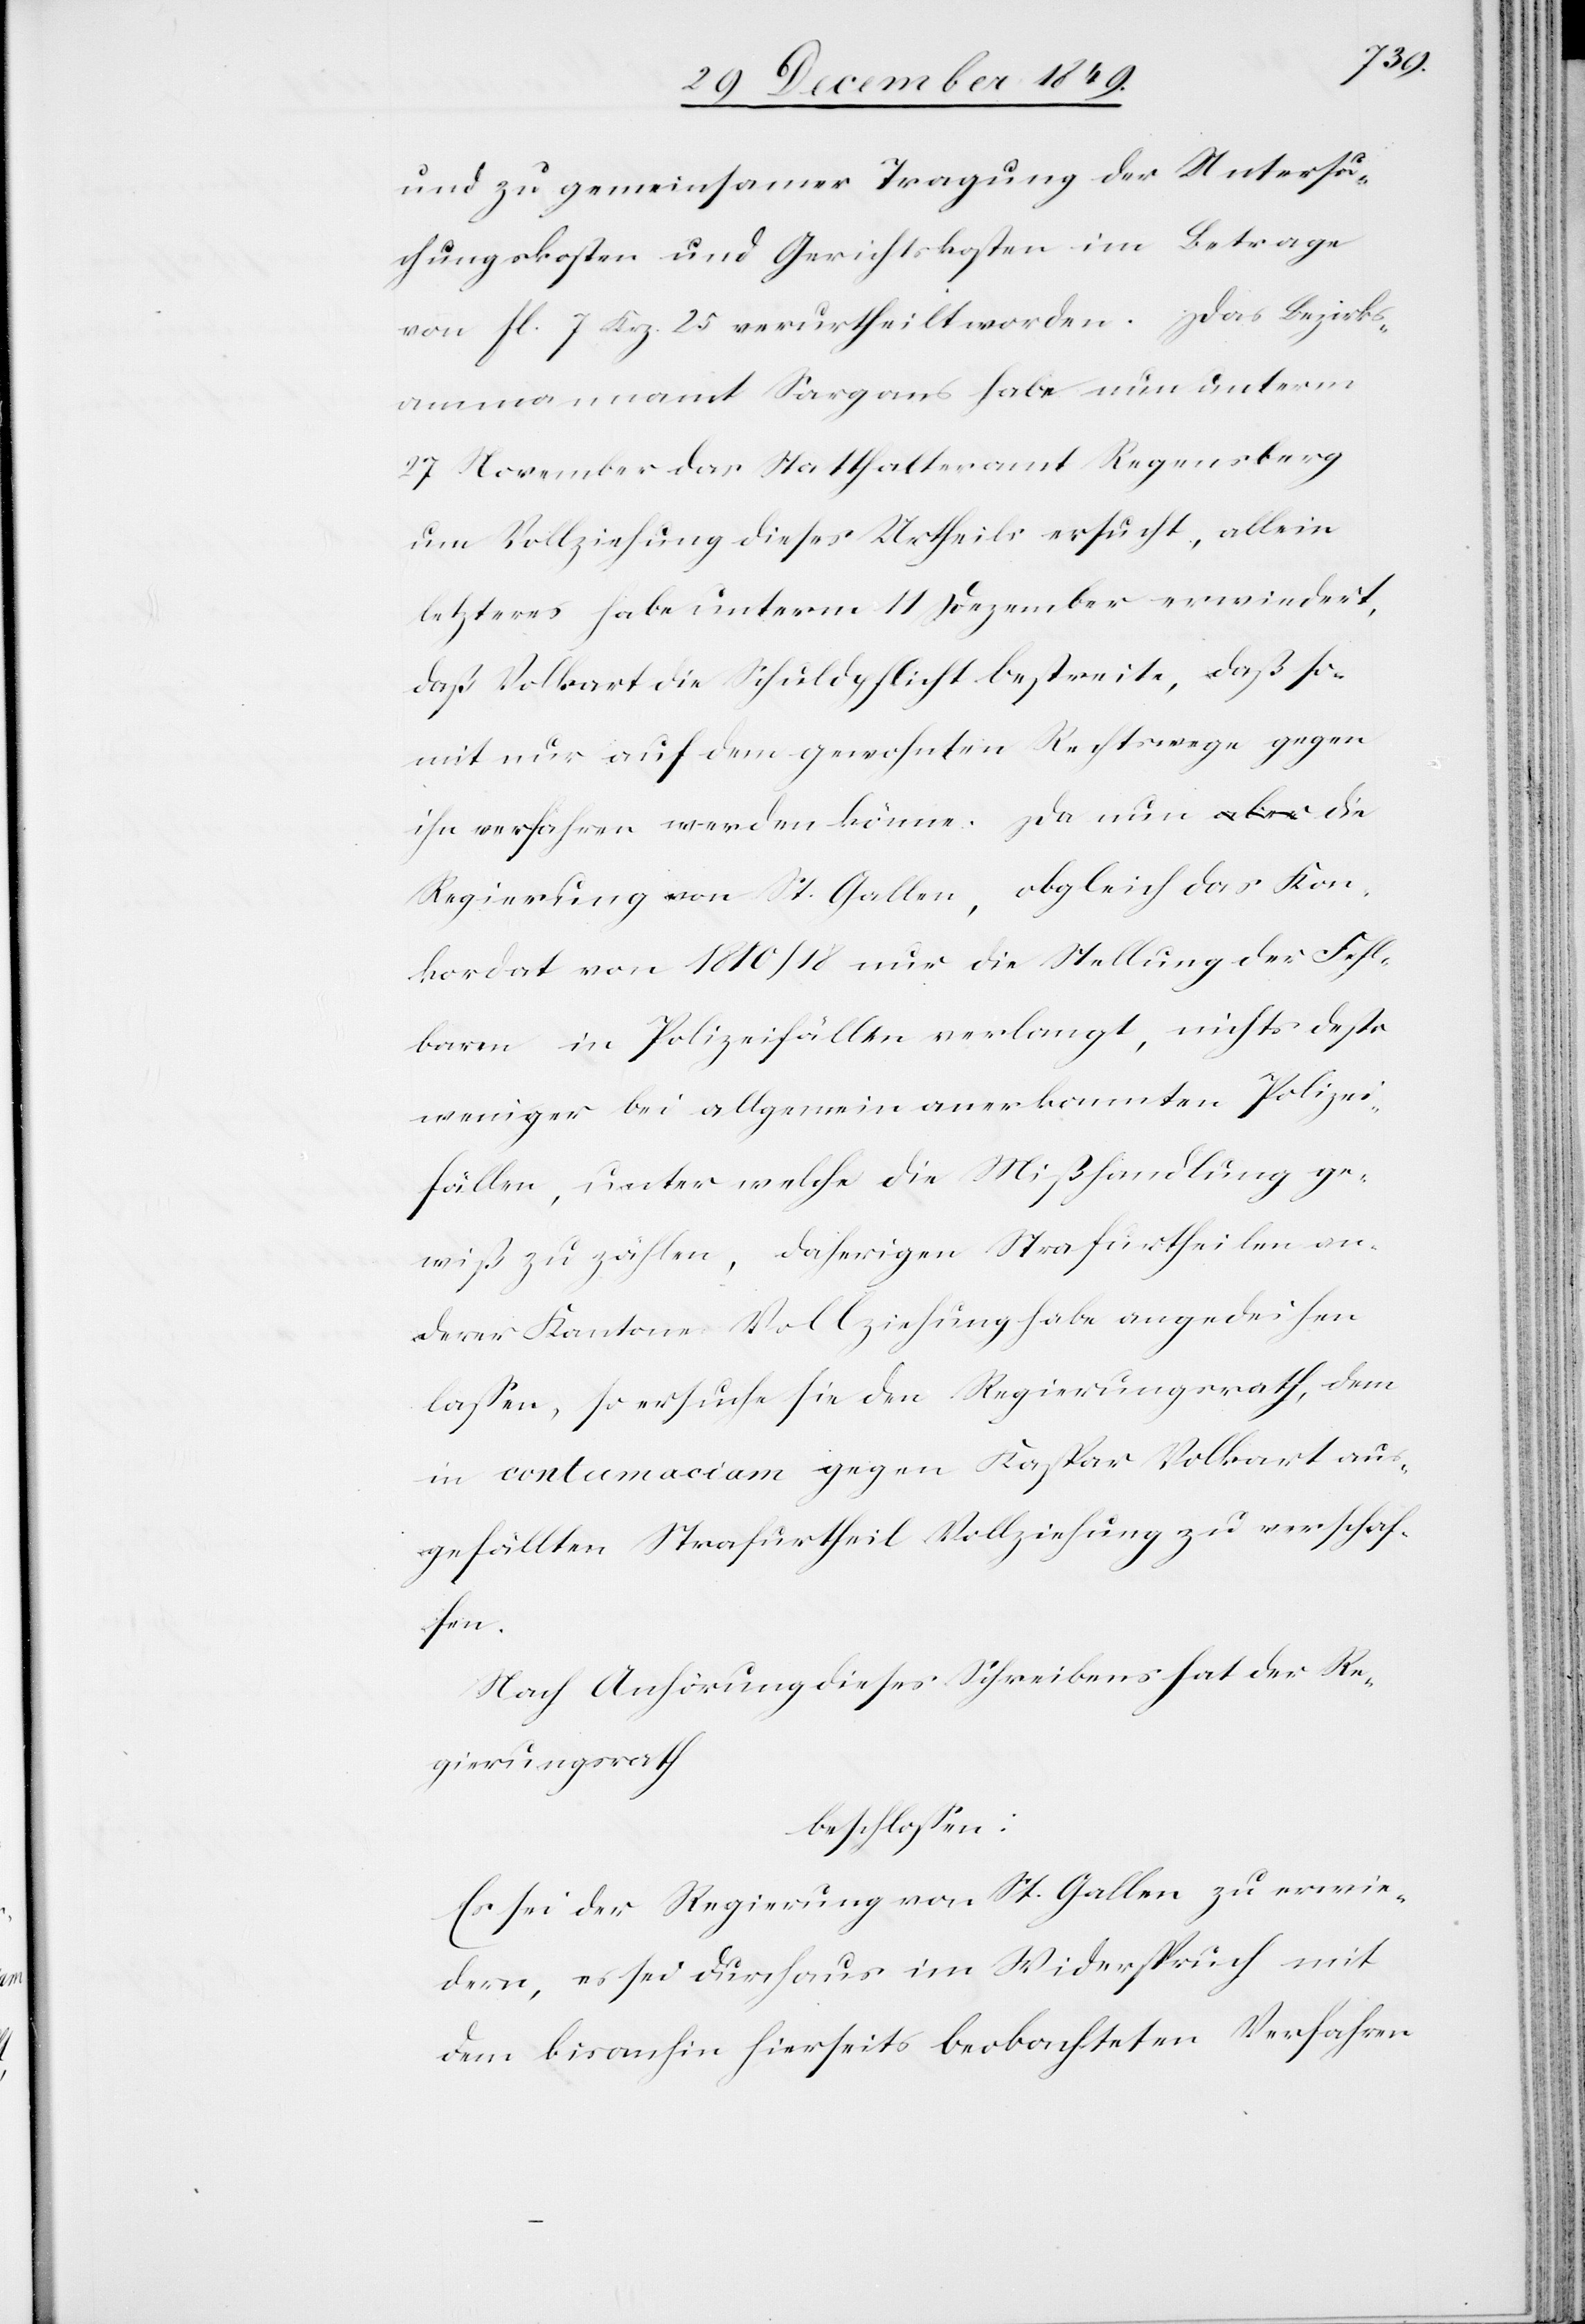
und zu gemeinsamer Tragung der Untersu¬
chungskosten und Gerichtskosten im Betrag
von fl 7 Krz. 25 verurtheilt worden. Das Bezirks¬
ammannamt Sargans habe nun unterm
27 November das Statthalteramt Regensberg
um Vollziehung dieses Urtheils ersucht, allein
letzteres habe unterm 11 Dezember erwiedert,
daß Volkart die Schuldpflicht bestreite, daß so¬
mit nur auf dem gewohnten Rechtswege gegen
ihn verfahren werden könne. Da nun die
Regierung von St. Gallen, obgleich das Kon¬
kordat von 1810/18 nur die Stellung der Fehl¬
baren in Polizeifällen verlangt, nichts desto
weniger bei allgemein anerkannten Polizei¬
fällen, unter welche die Mißhandlung ge¬
wiß zu zählen, daherigen Strafurtheilen an¬
derer Kantone Vollziehung habe angedeihen
laßen, so ersuche sie den Regierungsrath, dem
in contumaciam gegen Kaspar Volkart aus¬
gefällten Strafurtheil Vollziehung zu verschaf¬
fen.
Nach Anhörung dieses Schreibens hat der Re¬
gierungsrath
beschloßen:
Es sei der Regierung von St. Gallen zu erwie¬
dern, es sei durchaus im Widerspruch mit
dem bisanhin hierseits beobachteten Verfahren